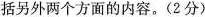
括另外两个方面的内容。(2分)